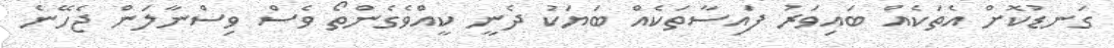
ގަނޑުކޮށް އެތަކެއް ބައިވަރު ފައިސާތަކެއް ބަޔަކު ދެނީ ކީއްވެގެންތޯ ވެސް ވިސްނާލަން ޖެހޭނެ